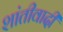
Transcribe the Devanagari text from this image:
शांतीवादी